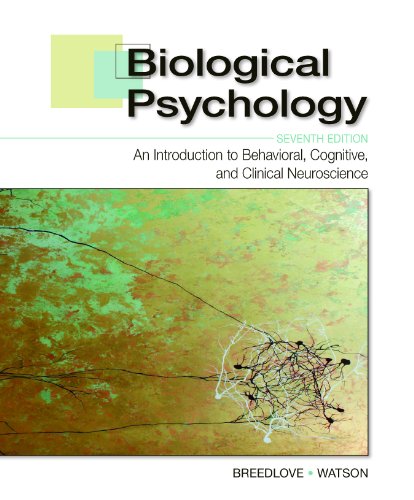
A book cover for Biological Psychology: An Introduction to Behavioral, Cognitive, and Clinical Neuroscience (Looseleaf), Seventh Edition; S. Marc Breedlove; Medical Books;